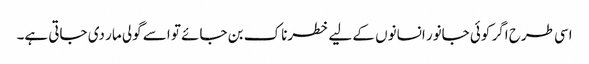
اسی طرح اگر کوئی جانور انسانوں کے لیے خطرناک بن جائے تو اسے گولی مار دی جاتی ہے۔